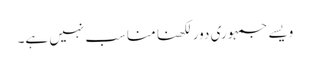
ویسے جمہوری دور لکھنا مناسب نہیں ہے۔